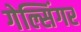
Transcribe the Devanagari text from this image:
गेल्सिंगर